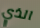
الذي